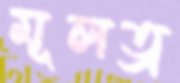
মূলত্র